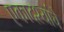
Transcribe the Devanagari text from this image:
एकादश्यांचे